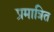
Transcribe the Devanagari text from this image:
प्रमात्रित